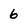
Character: 6